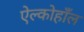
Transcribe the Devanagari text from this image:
ऐल्कोहाँल